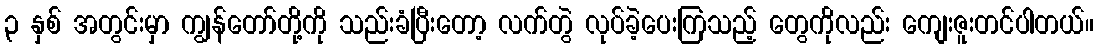
၃ နှစ် အတွင်းမှာ ကျွန်တော်တို့ကို သည်းခံပြီးတော့ လက်တွဲ လုပ်ခဲ့ပေးကြသည့် တွေကိုလည်း ကျေးဇူးတင်ပါတယ်။